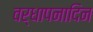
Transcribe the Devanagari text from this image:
वर्धापनादिन